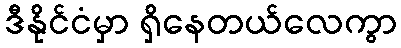
ဒီနိုင်ငံမှာ ရှိနေတယ်လေကွာ